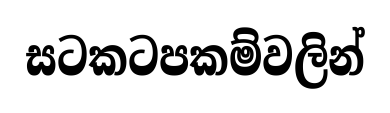
සටකටපකම්වලින්